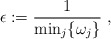
\begin{align*}\epsilon:=\frac{1}{\min_{j}\{\omega_j\}}\ ,\end{align*}